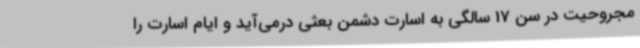
مجروحیت در سن 17 سالگی به اسارت دشمن بعثی درمی‌آید و ایام اسارت را